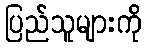
ပြည်သူများကို